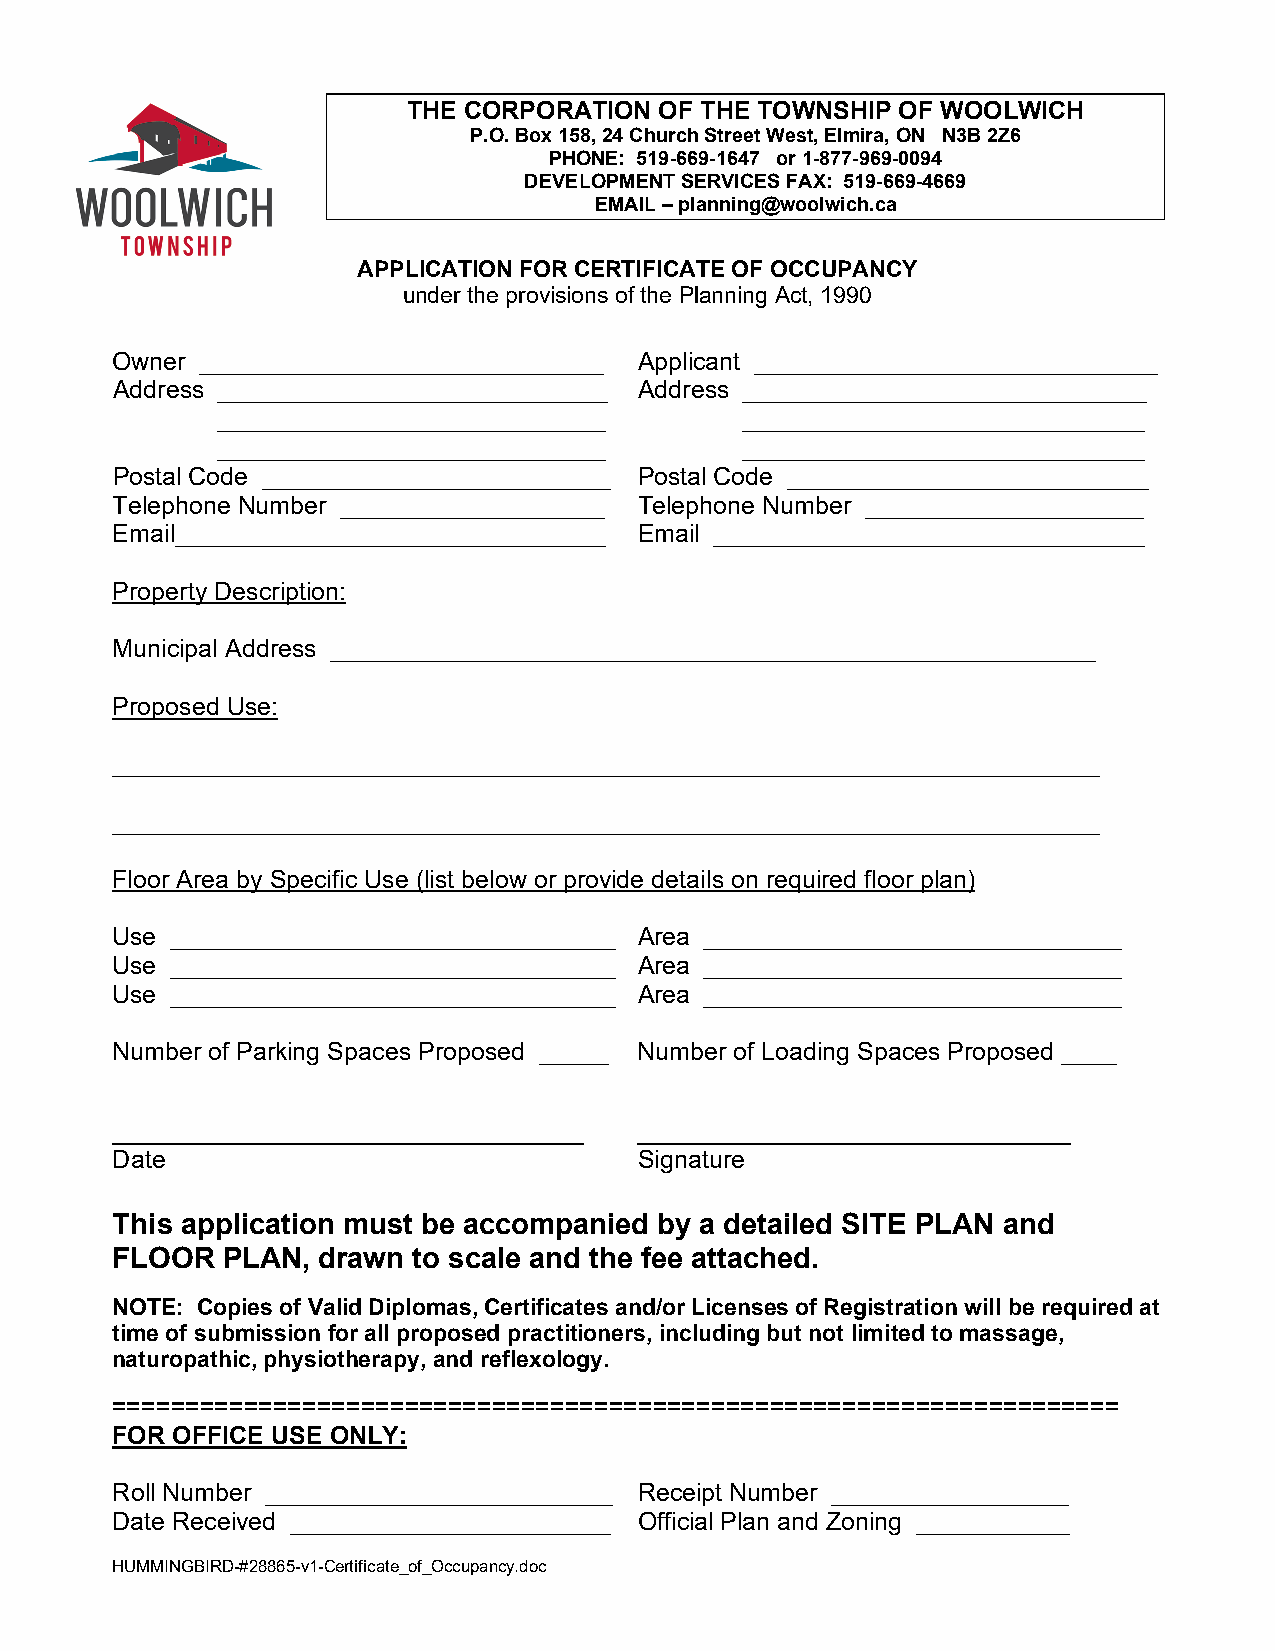
THE CORPORATION  OF THE TOWNSHIP OF WOOLWICH
 P.O. Box 158, 24 Church Street West, Elmira, ON N3B 2Z6
 PHONE: 519-669-1647 or 1-877-969-0094
 DEVELOPMENT SERVICES FAX: 519-669-4669
 EMAIL – planning@woolwich.ca
 APPLICATION FOR CERTIFICATE OF OCCUPANCY
 under the provisions of the Planning Act, 1990
 Owner _____________________________ Applicant _____________________________
 Address ____________________________ Address _____________________________
 ____________________________       _____________________________
 ____________________________       _____________________________
 Postal Code _________________________ Postal Code __________________________
 Telephone Number ___________________ Telephone Number ____________________
 Email_______________________________ Email _______________________________
 Property Description:
 Municipal Address _______________________________________________________
 Proposed Use:
 _______________________________________________________________________
 _______________________________________________________________________
 Floor Area by Specific Use (list below or provide details on required floor plan)
 Use ________________________________ Area ______________________________
 Use ________________________________ Area ______________________________
 Use ________________________________ Area ______________________________
 Number of Parking Spaces Proposed _____ Number of Loading Spaces Proposed ____
 _____________________________________ __________________________________
 Date                               Signature
 This application must be accompanied by a detailed SITE PLAN and
 FLOOR   PLAN, drawn to scale and the fee attached.
 NOTE: Copies of Valid Diplomas, Certificates and/or Licenses of Registration will be required at
 time of submission for all proposed practitioners, including but not limited to massage,
 naturopathic, physiotherapy, and reflexology.
 =====================================================================
 FOR OFFICE USE ONLY:
 Roll Number _________________________ Receipt Number _________________
 Date Received _______________________ Official Plan and Zoning ___________
 HUMMINGBIRD-#28865-v1-Certificate_of_Occupancy.doc